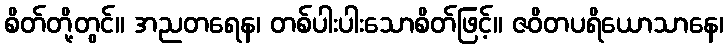
စိတ်တို့တွင်။ အညတရေန၊ တစ်ပါးပါးသောစိတ်ဖြင့်။ ဇဝိတပရိယောသာနေ၊